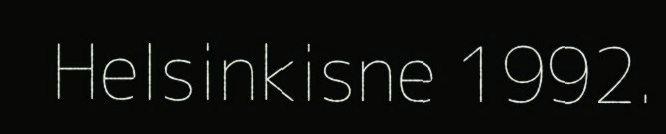
Helsinkisne 1992.